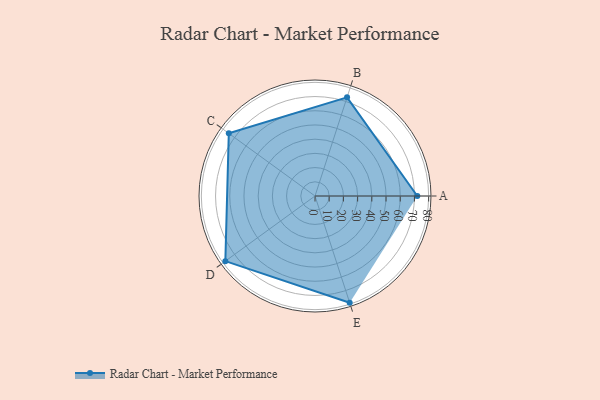
{"axis": {"x": "Skill", "y": "Score"}, "legend": ["Profile"], "data": [{"x": "A", "y": 72.0, "type": "Profile"}, {"x": "B", "y": 73.0, "type": "Profile"}, {"x": "C", "y": 75.0, "type": "Profile"}, {"x": "D", "y": 78.0, "type": "Profile"}, {"x": "E", "y": 79.0, "type": "Profile"}]}